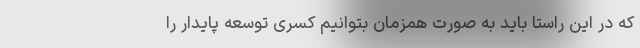
که در این راستا باید به صورت همزمان بتوانیم کسری توسعه پایدار را